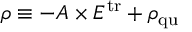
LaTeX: \rho \equiv - A \times E ^ { \mathrm { t r } } + \rho _ { \mathrm { q u } }